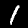
Label: 1